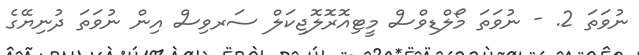
ނުވަތަ 2. - ނުވަތަ މޯލްޑިވްސް މީޓިއޮރޮލޮޖިކަލް ސަރވިސް އިން ނުވަތަ ދުނިޔޭގެ